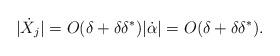
LaTeX: \begin{align*}|\dot{X}_j| = O(\delta + \delta \delta^*) |\dot{\alpha}|= O(\delta + \delta \delta ^*).\end{align*}